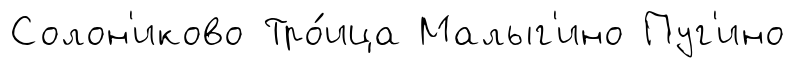
Солон'иково Тро́ица Малыг'ино Пуг'ино